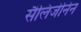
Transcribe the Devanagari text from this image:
सैलिजेनिन